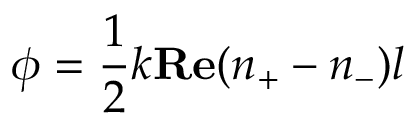
\phi = \frac { 1 } { 2 } k { \bf R e } ( n _ { + } - n _ { - } ) l